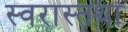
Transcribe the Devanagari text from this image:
स्वरास्तथा